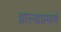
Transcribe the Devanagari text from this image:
झाल्याप्रमाणे